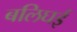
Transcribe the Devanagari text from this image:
बलिघई